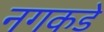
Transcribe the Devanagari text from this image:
नगकडे